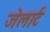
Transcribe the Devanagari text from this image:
जेलार्ट